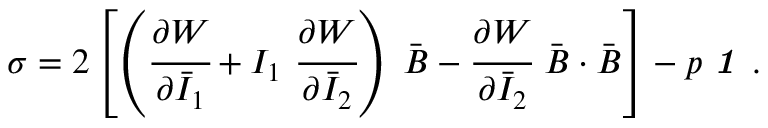
{ \boldsymbol { \sigma } } = 2 \left[ \left( { \cfrac { \partial W } { \partial { \bar { I } } _ { 1 } } } + I _ { 1 } ~ { \cfrac { \partial W } { \partial { \bar { I } } _ { 2 } } } \right) ~ { \bar { \boldsymbol { B } } } - { \cfrac { \partial W } { \partial { \bar { I } } _ { 2 } } } ~ { \bar { \boldsymbol { B } } } \cdot { \bar { \boldsymbol { B } } } \right] - p ~ { \boldsymbol { \mathit { 1 } } } ~ .